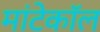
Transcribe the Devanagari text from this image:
मांटेकॉल